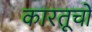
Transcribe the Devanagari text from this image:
कारतूचो